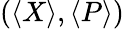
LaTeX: (\langle X\rangle,\langle P\rangle)